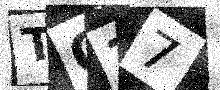
Text: TO37